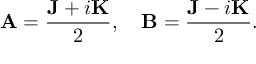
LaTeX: \mathbf { A } = { \frac { \mathbf { J } + i \mathbf { K } } { 2 } } , \quad \mathbf { B } = { \frac { \mathbf { J } - i \mathbf { K } } { 2 } } .